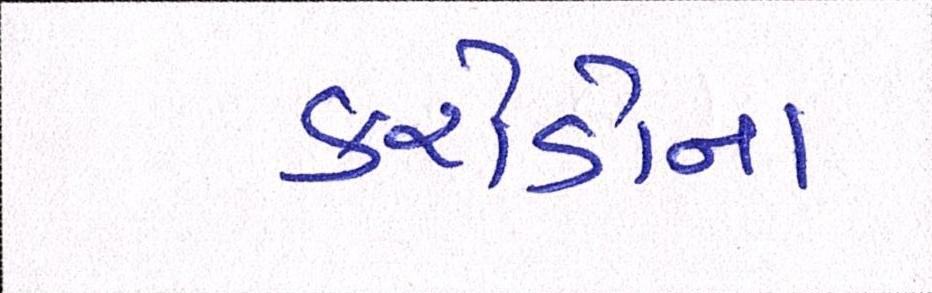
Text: કરોડોના